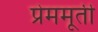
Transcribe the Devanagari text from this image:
प्रेममूर्ती